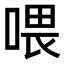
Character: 喂